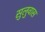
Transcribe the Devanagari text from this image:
सुलुवास